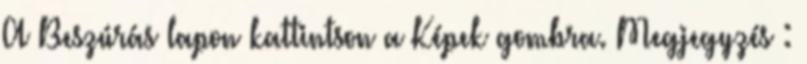
A Beszúrás lapon kattintson a Képek gombra. Megjegyzés :